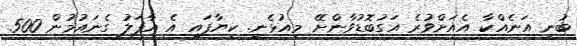
ބުނީ އަނެއްކާ އެއަށްވުރެ އަގުބޮޑުވާންށޭ މިއުޅެނީ. ކިޔާފައި އެ އާފަލު ގެނައުމުން 500